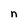
Character: n